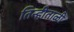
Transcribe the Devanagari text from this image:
तिन्हीताळी